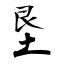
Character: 垦